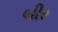
બીર